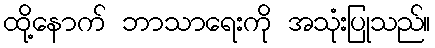
ထို့နောက် ဘာသာရေးကို အသုံးပြုသည်။